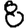
Digit: 8